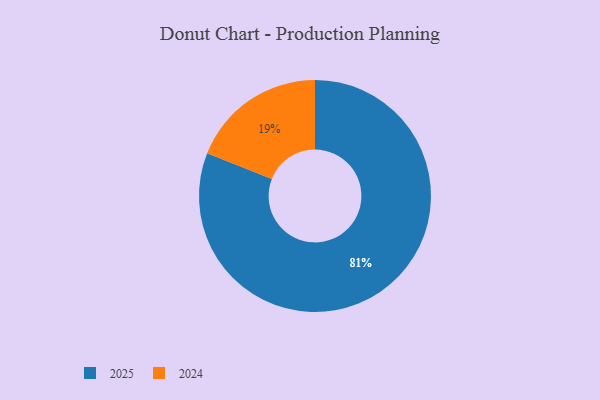
{"axis": {"x": "Category", "y": "Percentage"}, "legend": ["2024", "2025"], "data": [{"x": "2025", "y": 81, "type": "2025"}, {"x": "2024", "y": 19, "type": "2024"}]}